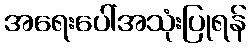
အရေးပေါ်အသုံးပြုရန်